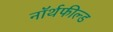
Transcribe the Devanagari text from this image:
नॉर्थफील्ड